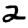
Digit: 2